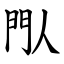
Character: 閄